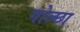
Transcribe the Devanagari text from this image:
गोल्छा